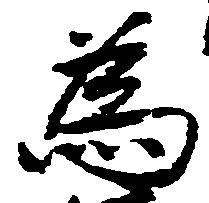
為